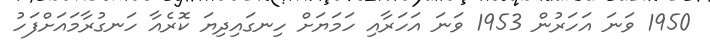
1950 ވަނަ އަހަރުން 1953 ވަނަ އަހަރާއި ހަމަޔަށް ހިނގައިދިޔަ ކޮރެއާ ހަނގުރާމައަށްފަހު